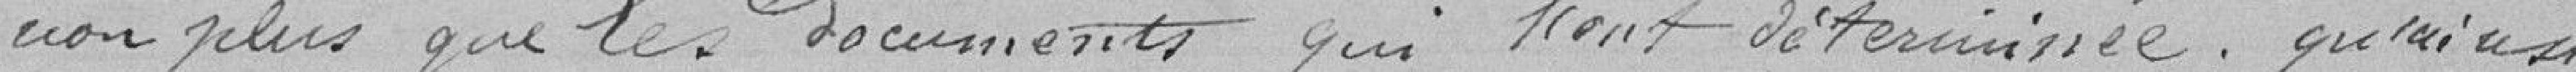
non plus que les documents qui l'ont déterminée ; que lui aussi